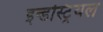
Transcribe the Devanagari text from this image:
इन्डस्ट्रियल